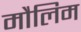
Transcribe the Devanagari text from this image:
मौलिम